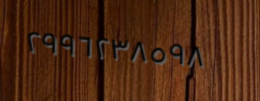
٢٩٩٦٢٣٨٥٩٨